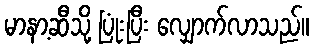
မာနာ့ဆီသို့ ပြုံးပြီး လျှောက်လာသည်။